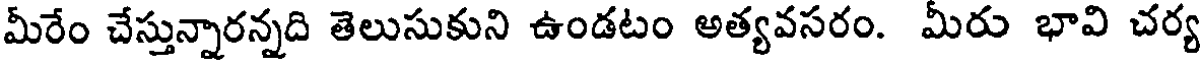
మీరేం చేస్తున్నారన్నది తెలుసుకుని ఉండటం అత్యవసరం. మీరు భావి చర్య